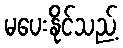
မပေးနိုင်သည့်